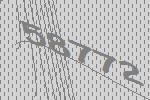
58772